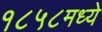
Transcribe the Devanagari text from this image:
१८५८मध्ये